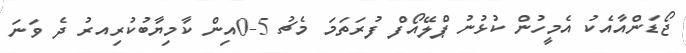
ޖޯޑަންއާއެކު އެމީހުން ކުޅުނު ޕްލޭއޯފް ފުރަތަމަ މެޗު 5-0އިން ކާމިޔާބުކުރިއރު ދެ ވަނަ